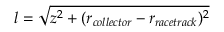
l = \sqrt { z ^ { 2 } + ( r _ { c o l l e c t o r } - r _ { r a c e t r a c k } ) ^ { 2 } }